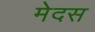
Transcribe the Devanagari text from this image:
मेदस